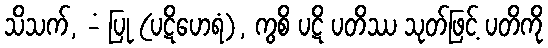
သိသက်, -ံ ပြု (ပဋိဟေရံ), ကွစိ ပဋိ ပတိဿ သုတ်ဖြင့် ပတိကို